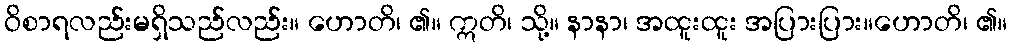
ဝိစာရလည်းမရှိသည်လည်း။ ဟောတိ၊ ၏။ ဣတိ၊ သို့။ နာနာ၊ အထူးထူး အပြားပြား။ဟောတိ၊ ၏။